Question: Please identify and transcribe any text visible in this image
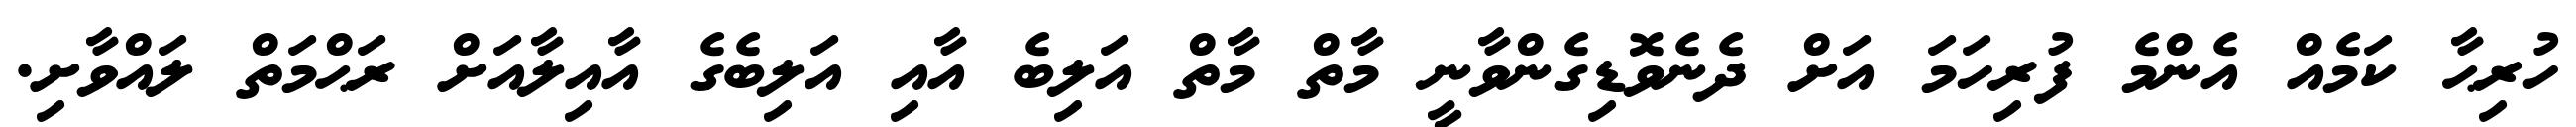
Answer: ހުރިޙާ ކަމެއް އެންމެ ފުރިހަމަ އަށް ދެނެވޮޑިގެންވާނީ މާތް މާތް އަލިބެ އާއި އަލިބެގެ އާއިލާއަށް ރަޙްމަތް ލައްވާށި.